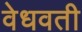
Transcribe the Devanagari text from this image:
वेधवती